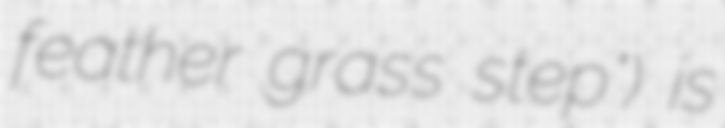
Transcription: feather grass step") is